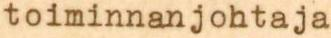
toiminnanjohtaja